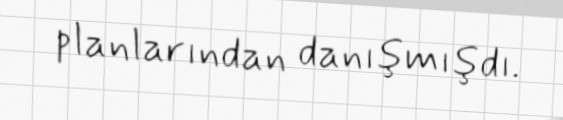
planlarından danışmışdı.